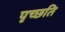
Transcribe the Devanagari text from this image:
पृच्छति